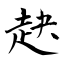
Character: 赽